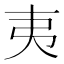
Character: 夷